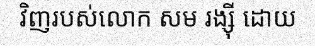
វិញរបស់លោក សម រង្ស៊ី ដោយ